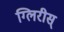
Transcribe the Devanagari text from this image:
ग्लिरीस्